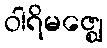
ဝါရိမဇ္ဈေ